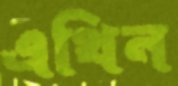
এথিন